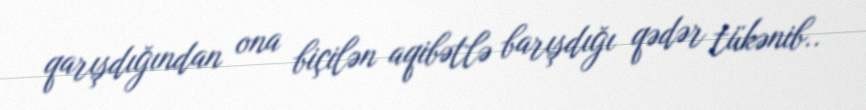
qarışdığından ona biçilən aqibətlə barışdığı qədər tükənib..